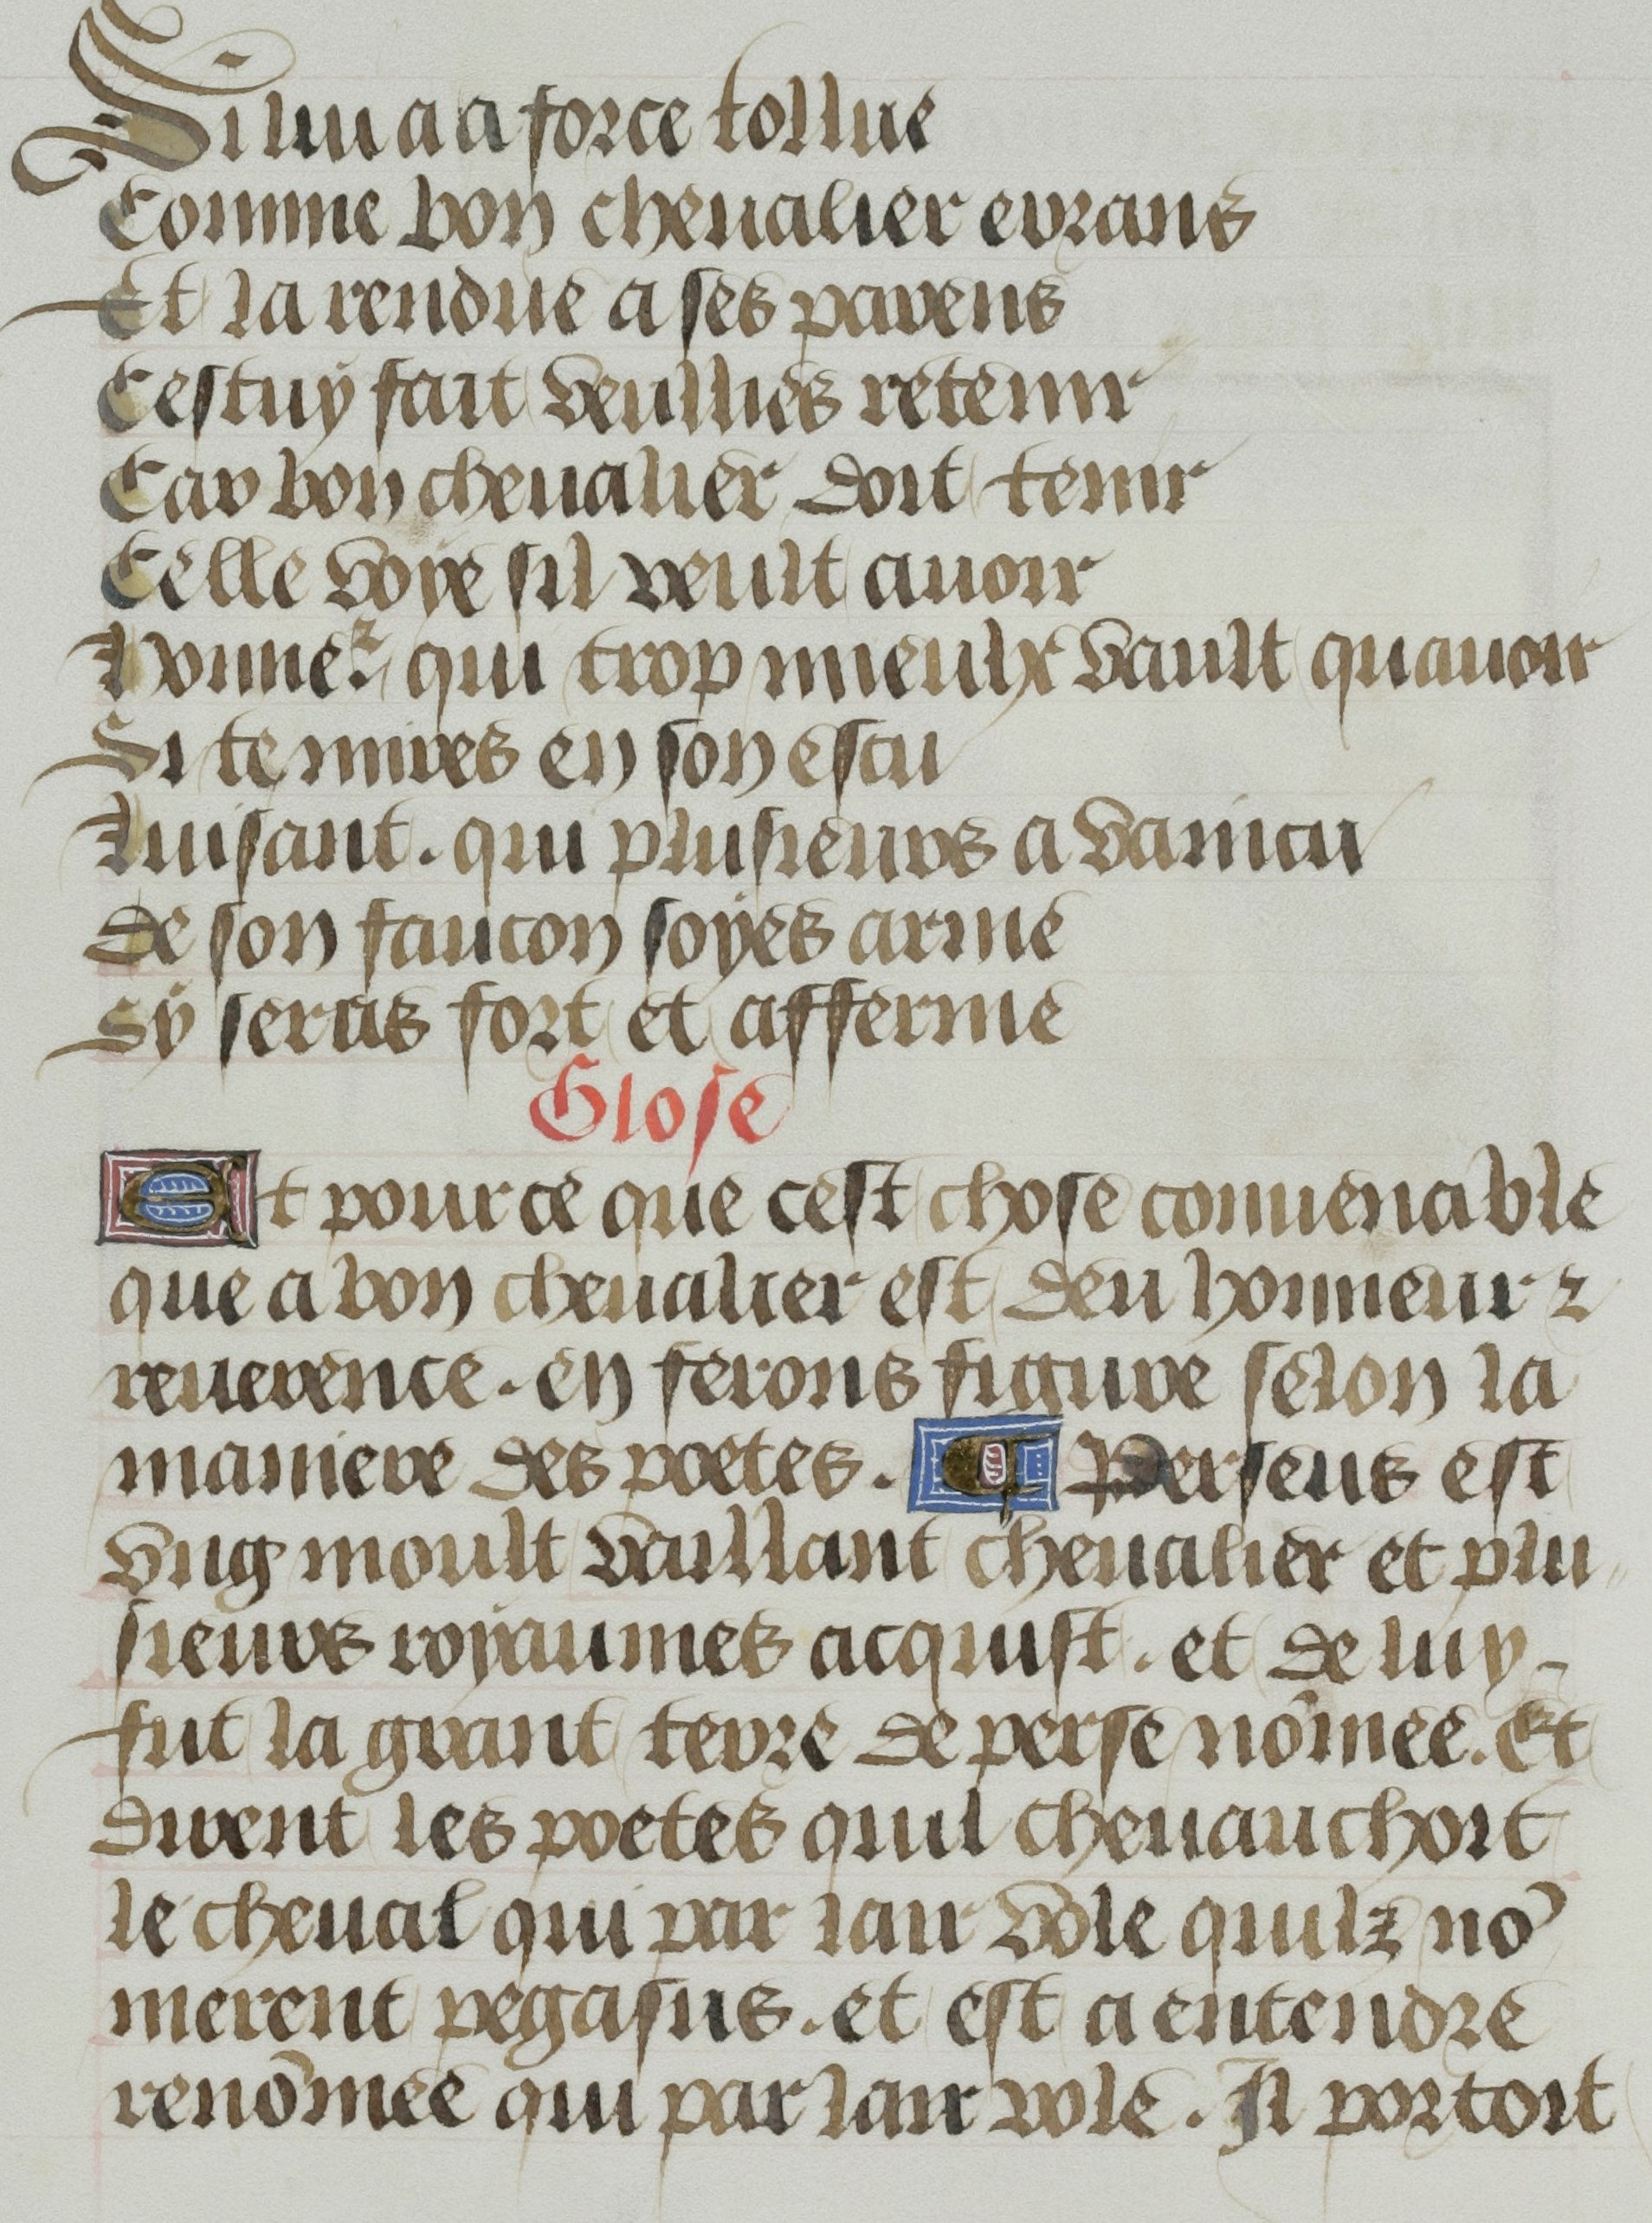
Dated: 1455–1465